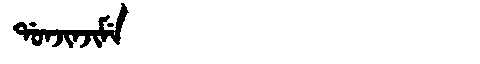
Manchu: ᡩᠣᠨᠵᡳᠨᠵᡳᠮᡝ
Romanization: DONJINJIME